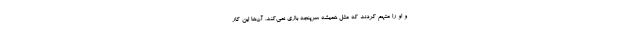
و او را متهم کردند که مثل همیشه سرپنجه بازی نمی‌کند. آن‌ها این کار